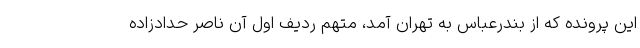
این پرونده که از بندرعباس به تهران آمد، متهم ردیف اول آن ناصر حدادزاده